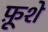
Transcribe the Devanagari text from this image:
फ़ूशे